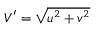
V ^ { \prime } = \sqrt { u ^ { 2 } + v ^ { 2 } }